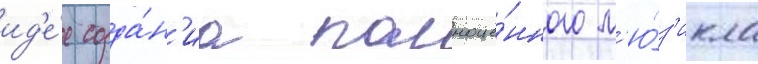
ид'е́е созда́н'иа полноце́нного м'ю́з'икла